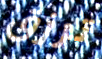
ترزق